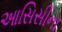
આસિસીના